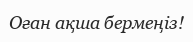
Оған ақша бермеңіз!